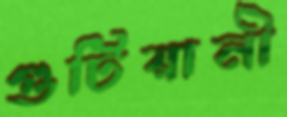
গুটিয়ানী